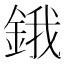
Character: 鋨